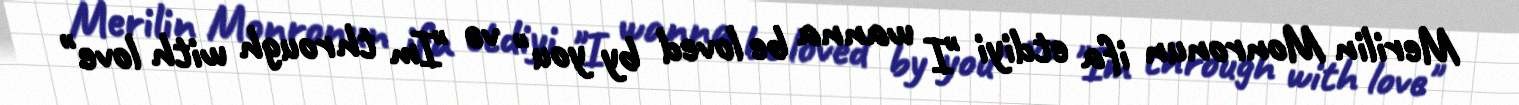
Merilin Monronun ifa etdiyi "I wanna be loved by you" və "Im through with love"